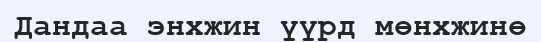
Дандаа энхжин үүрд мөнxжинө